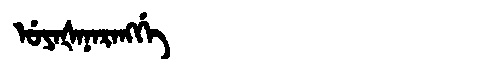
Manchu: ᡠᠶᠠᡧᠠᠨᠠᡵᠠᠩᡤᡝ
Romanization: UYAŠANARANGGE